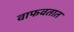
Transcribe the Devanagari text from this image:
वाफवतात